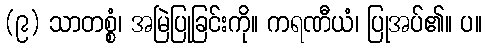
(၉) သာတစ္စံ၊ အမြဲပြုခြင်းကို။ ကရဏီယံ၊ ပြုအပ်၏။ ပ။